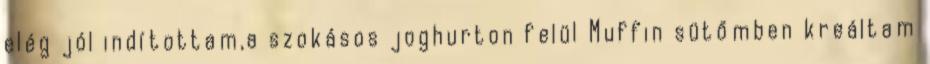
elég jól indítottam,a szokásos joghurton felül Muffin sütőmben kreáltam